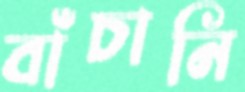
বাঁচানি